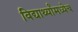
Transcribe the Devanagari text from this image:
विद्यार्थ्यांमध्येच